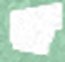
হ